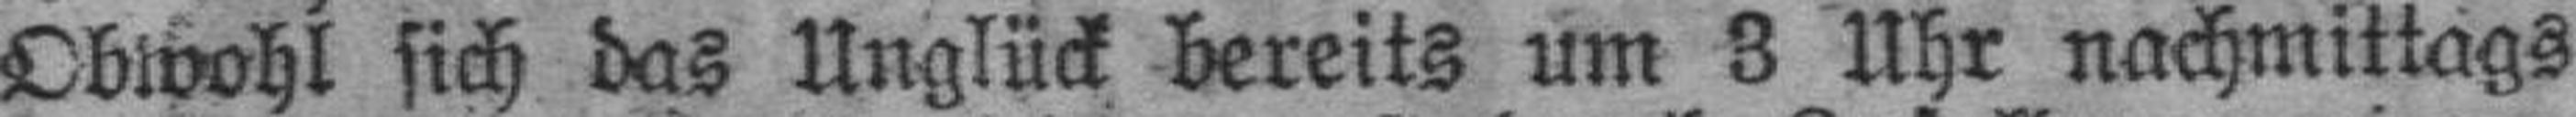
Obwohl sich das Unglück bereits um 3 Uhr nachmittags